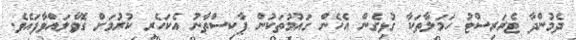
ދެމުންދާ ޓެރަރިސްޓު ހަމަލާތަކާ ގުޅިގެން އެހެން ގައުމުތަކުން ޕާކިސްތާނު އެކަހެރި ކުރުމަށް ގޮވާލައްވާފައެވެ.